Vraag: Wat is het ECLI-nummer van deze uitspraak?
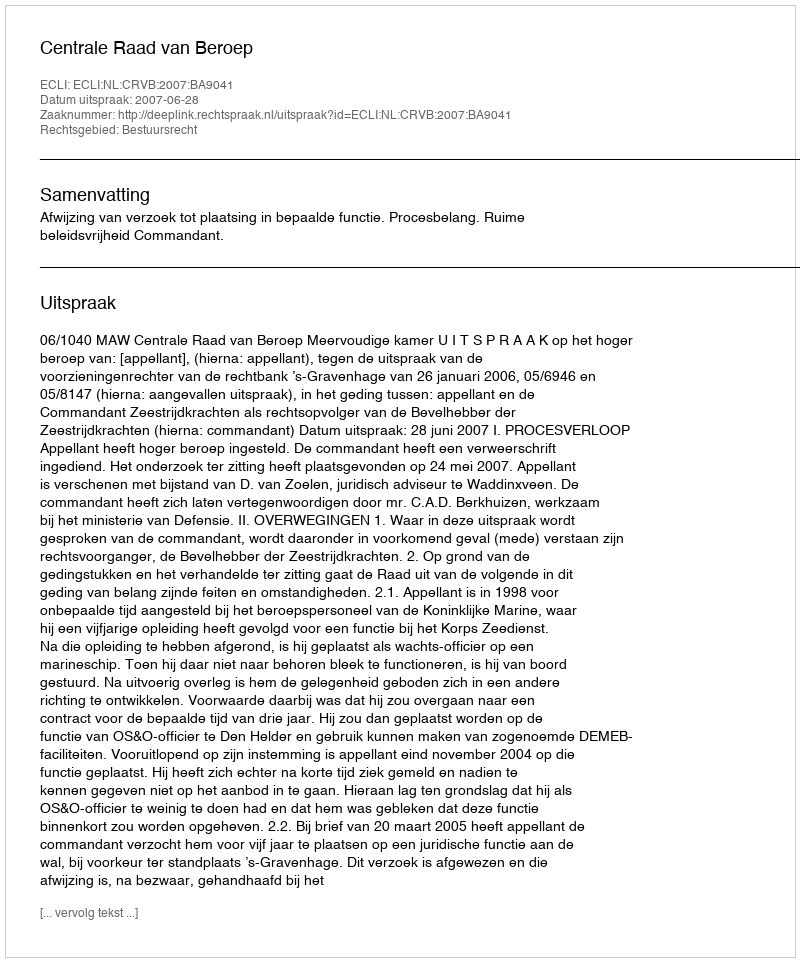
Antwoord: ECLI:NL:CRVB:2007:BA9041